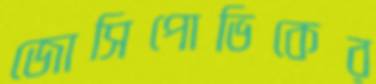
জোসিপোভিকের